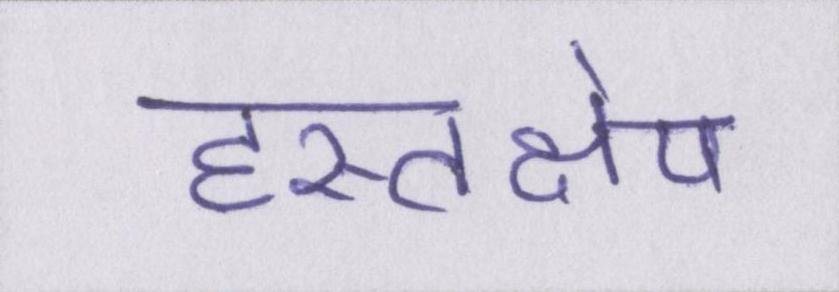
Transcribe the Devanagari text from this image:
हस्तक्षेप